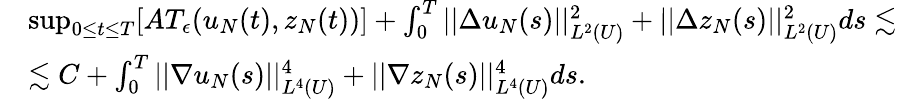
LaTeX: \begin{array}{rl}&{\operatorname*{sup}_{0\leq t\leq T}[AT_{\epsilon}(u_{N}(t),z_{N}(t))]+\int_{0}^{T}||\Delta u_{N}(s)||_{L^{2}(U)}^{2}+||\Delta z_{N}(s)||_{L^{2}(U)}^{2}ds\lesssim}\\ &{\lesssim C+\int_{0}^{T}||\nabla u_{N}(s)||_{L^{4}(U)}^{4}+||\nabla z_{N}(s)||_{L^{4}(U)}^{4}ds.}\end{array}